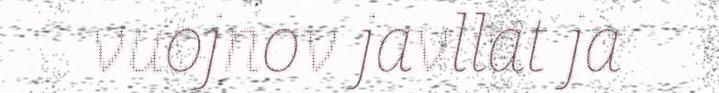
vuojnov javllat ja